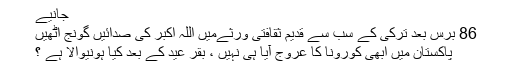
جانیے
86 برس بعد ترکی کے سب سے قدیم ثقافتی ورثےمیں اللہ اکبر کی صدائیں گونج اٹھیں
پاکستان میں ابھی کورونا کا عروج آیا ہی نہیں ، بقر عید کے بعد کیا ہونیوالا ہے ؟